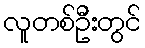
လူတစ်ဦးတွင်